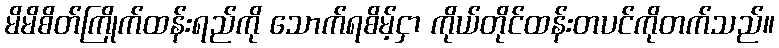
မိမိစိတ်ကြိုက်ထန်းရည်ကို သောက်ရစိမ့်ငှာ ကိုယ်တိုင်ထန်းတပင်ကိုတက်သည်။